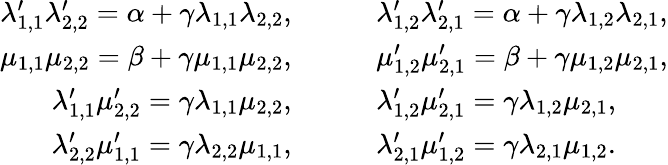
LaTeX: \begin{array}{rl}{\lambda_{1,1}^{\prime}\lambda_{2,2}^{\prime}=\alpha+\gamma\lambda_{1,1}\lambda_{2,2},}&{\qquad\lambda_{1,2}^{\prime}\lambda_{2,1}^{\prime}=\alpha+\gamma\lambda_{1,2}\lambda_{2,1},}\\ {\mu_{1,1}\mu_{2,2}=\beta+\gamma\mu_{1,1}\mu_{2,2},}&{\qquad\mu_{1,2}^{\prime}\mu_{2,1}^{\prime}=\beta+\gamma\mu_{1,2}\mu_{2,1},}\\ {\lambda_{1,1}^{\prime}\mu_{2,2}^{\prime}=\gamma\lambda_{1,1}\mu_{2,2},}&{\qquad\lambda_{1,2}^{\prime}\mu_{2,1}^{\prime}=\gamma\lambda_{1,2}\mu_{2,1},}\\ {\lambda_{2,2}^{\prime}\mu_{1,1}^{\prime}=\gamma\lambda_{2,2}\mu_{1,1},}&{\qquad\lambda_{2,1}^{\prime}\mu_{1,2}^{\prime}=\gamma\lambda_{2,1}\mu_{1,2}.}\end{array}